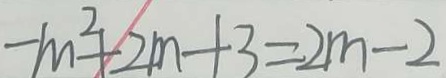
- m ^ { 2 } + 2 m + 3 = 2 m - 2